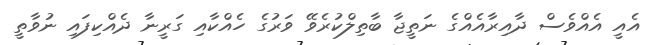
އެއީ އެއްވެސް ދާއިރާއެއްގެ ނަތީޖާ ބާތިލްކުރެވޭ ވަރުގެ ހެއްކާއި ގަރީނާ ދެއްކިފައި ނުވާތީ